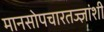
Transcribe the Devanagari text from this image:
मानसोपचारतज्ज्ञांशी